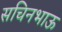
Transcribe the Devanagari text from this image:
सचिनभाऊ